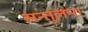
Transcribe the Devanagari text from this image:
सन्तुलन।